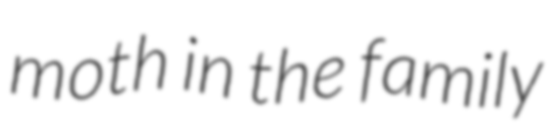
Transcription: moth in the family